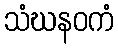
သံဃနဝကံ